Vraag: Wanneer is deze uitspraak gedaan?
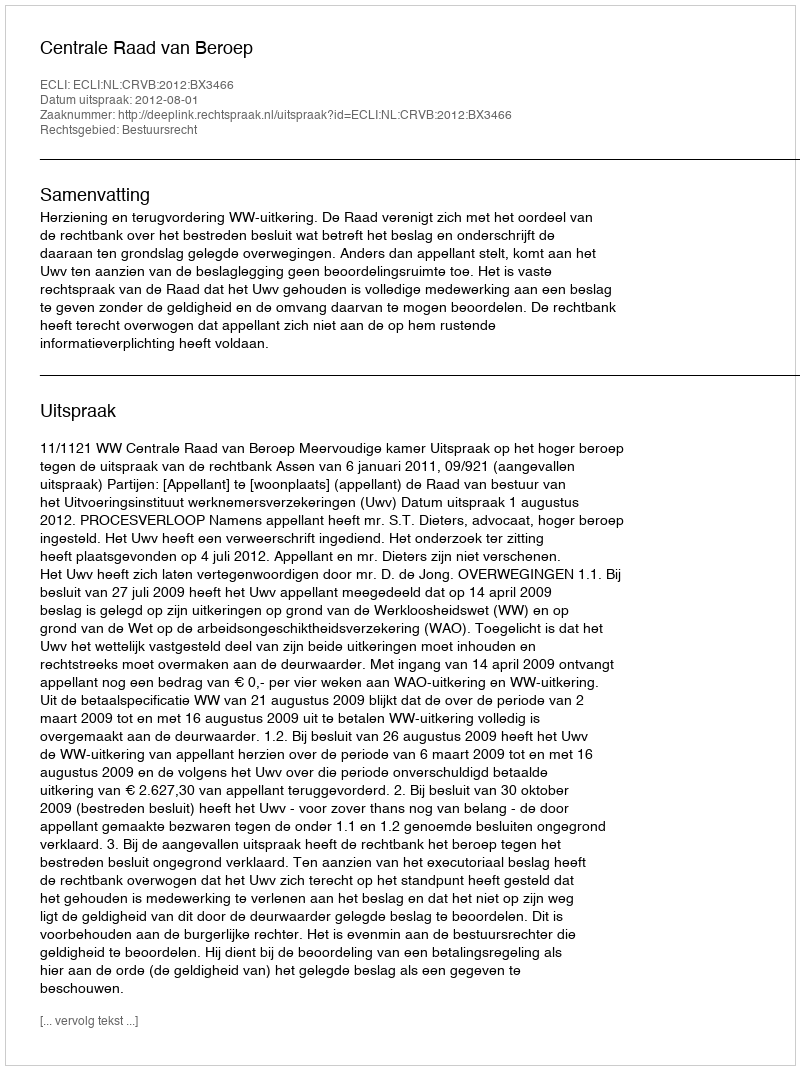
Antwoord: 2012-08-01